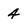
Character: 4